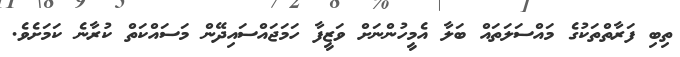
ތިބި ފަރާތްތަކުގެ މައްސަލަތައް ބަލާ އެމީހުންނަށް ވަޒީފާ ހަމަޖައްސައިދޭން މަސައްކަތް ކުރާނެ ކަމަށެވެ.